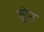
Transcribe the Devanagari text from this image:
तुरेन